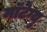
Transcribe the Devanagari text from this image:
मॉटेग्यु